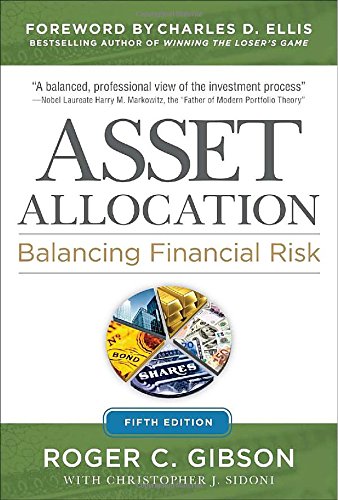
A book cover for Asset Allocation: Balancing Financial Risk, Fifth Edition; Roger Gibson; Business & Money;